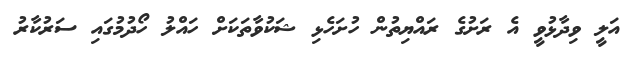
އަލީ ވިދާޅުވީ އެ ރަށުގެ ރައްޔިތުން ހުށަހެޅި ޝަކުވާތަކަށް ހައްލު ހޯދުމުގައި ސަރުކާރު